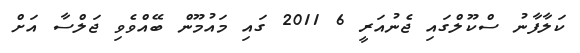
ކަލާފާނު ސްކޫލްގައި ޖެނުއަރީ 6 2011 ގައި މައުމޫން ބޭއްވެވި ޖަލްސާ އަށް